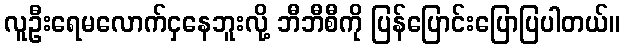
လူဦးရေမလောက်ငှနေဘူးလို့ ဘီဘီစီကို ပြန်ပြောင်းပြောပြပါတယ်။